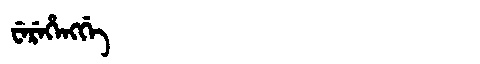
Manchu: ᠸᡝᡵᡝᡥᡝᠩᡤᡝ
Romanization: WEREHENGGE